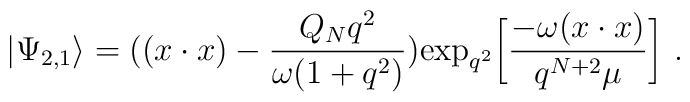
\big|\Psi_{2,1}\big> = \big((x\cdot x)-{Q_N q^2\over \omega(1+q^2)}\big){\rm exp}_{q^2} \bigg[{-\omega (x\cdot x)\over  q^{N+2}\mu}\bigg]\ .